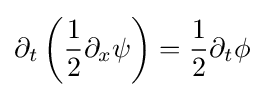
\partial _{t}\left({\frac {1}{2}}\partial _{x}\psi \right)={\frac {1}{2}}\partial _{t}\phi